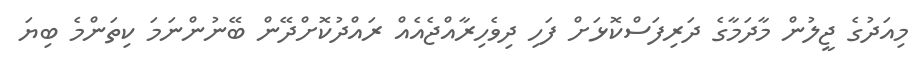
މިއަދުގެ ޖީލުން މާދަމާގެ ދަރިފަސްކޮޅަށް ފަހި ދިވެހިރާއްޖެއެއް ރައްދުކޮށްދޭން ބޭނުންނަމަ ކިތަންމެ ބިޔަ